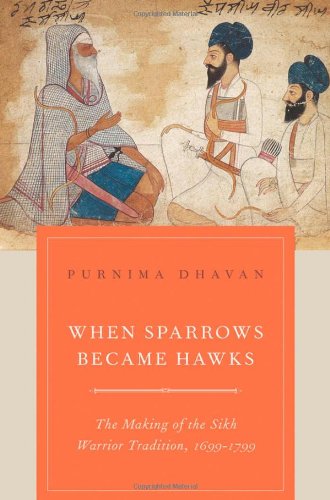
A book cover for When Sparrows Became Hawks: The Making of the Sikh Warrior Tradition, 1699-1799; Purnima Dhavan; Religion & Spirituality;